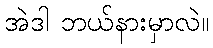
အဲဒါ ဘယ်နားမှာလဲ။